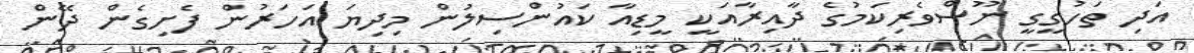
އަދި ތަހުގީގީ ނޫސްވެރިކަމުގެ ދާއިރާއަކީ މީޑިއާ ކައުންސިލުން މިދިޔަ އަހަރުން ފެށިގެން ދޭން